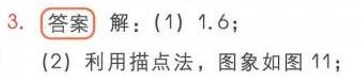
3. **答案** 解：(1) 1.6；
(2) 利用描点法，图象如图11；